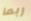
ربما